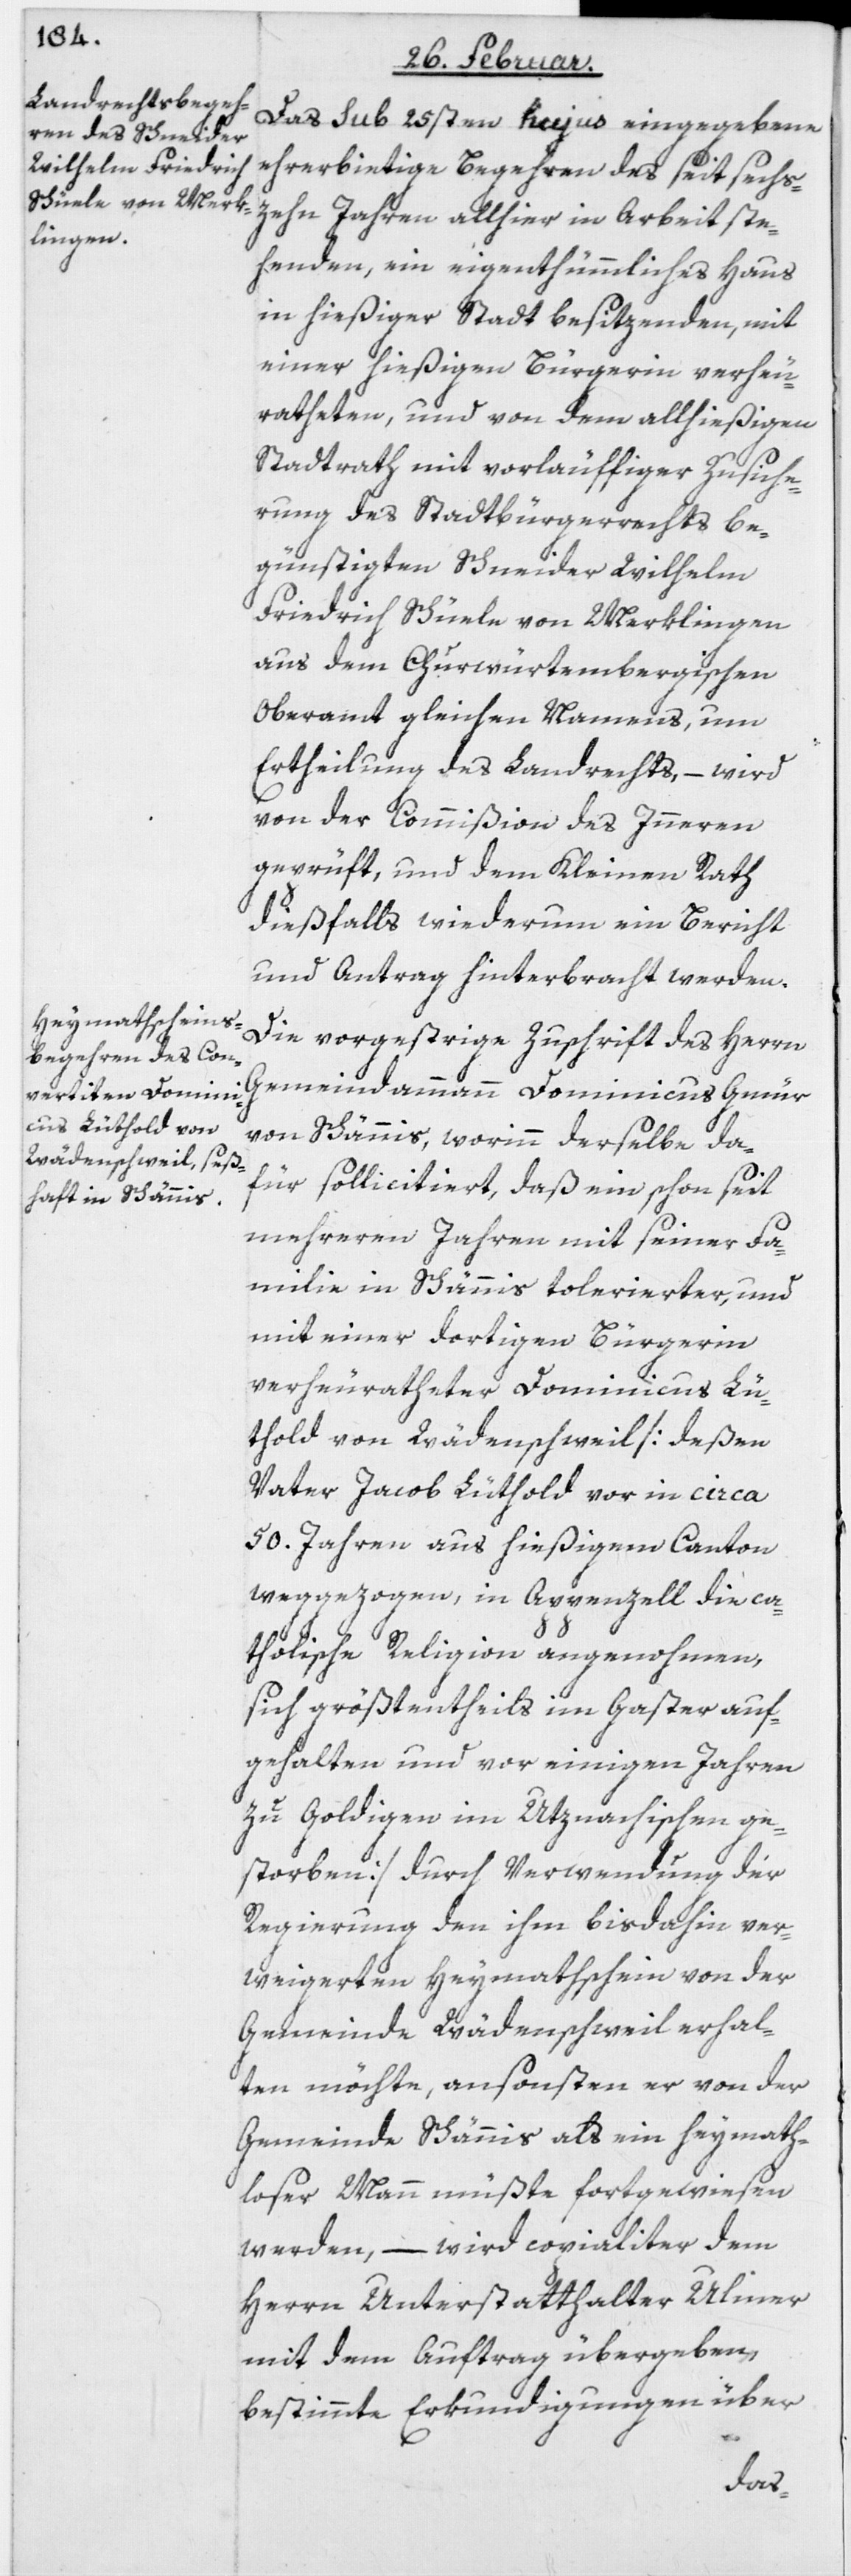
Das sub 25sten hujus eingegebene
ehrerbietige Begehren des seit sechs¬
zehn Jahren allhier in Arbeit ste¬
henden, ein eigenthümmliches Haus
in hießiger Stadt besitzenden, mit
einer hießigen Bürgerin verheu¬
ratheten, und von dem allhießigen
Stadtrath mit vorläuffiger Zusiche¬
rung des Stadtbürgerrechts be¬
günstigten Schneider Wilhelm
Friedrich Schüele von Merklingen
aus dem Churwürtembergischen
Oberamt gleichen Namens, um
Ertheilung des Landrechts, – wird
von der Commißion des Inneren
geprüft, und dem Kleinen Rath
dießfalls wiederum ein Bericht
und Antrag hinterbracht werden.
Die vorgestrige Zuschrift des Herrn
Gemeindammann Dominicus Gmür
von Schännis, worinn derselbe da¬
für sollicitiert, daß ein schon seit
mehreren Jahren mit seiner Fa¬
milie in Schännis tolerierter, und
mit einer dortigen Bürgerin
verheuratheter Dominicus Lü¬
thold von Wädenschweil [deßen
Vater Jacob Lüthold vor in [sic!]
50. Jahren aus hießigem Canton
weggezogen, in Appenzell die ca¬
tholische Religion angenohmen,
sich größtentheils im Gaster auf¬
gehalten und vor einigen Jahren
zu Goldingen im Utznachischen ge¬
storben], durch Verwendung der
Regierung den ihm bisdahin ver¬
weigerten Heymathschein von der
Gemeinde Wädenschweil erhal¬
ten möchte, ansonsten er von der
Gemeinde Schännis als ein heymath¬
loser Mann müßte fortgewiesen
werden, – wird copialiter dem
Herrn Unterstatthalter Ulmer
mit dem Auftrag übergeben,
bestimmte Erkundigungen über